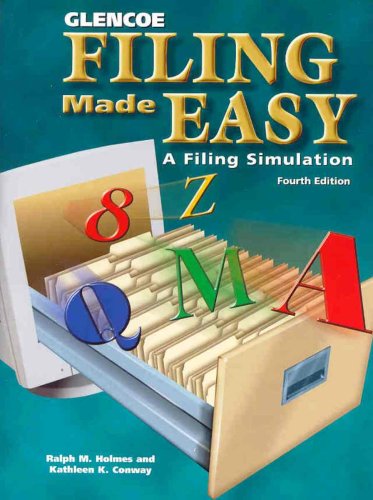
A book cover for Filing Made Easy: A Filing Simulation; Ralph Holmes; Business & Money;